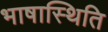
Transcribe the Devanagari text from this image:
भाषास्थिति